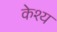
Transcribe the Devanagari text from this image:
केश्य